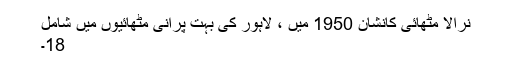
نرالا مٹھائی کانشان 1950 میں ، لاہور کی بہت پرانی مٹھائیوں میں شامل
18۔